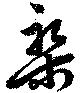
槃